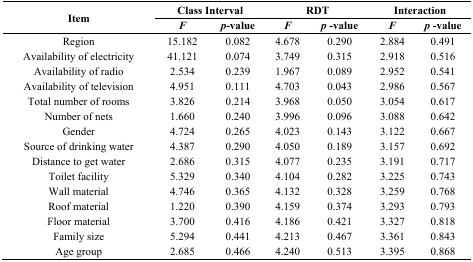
<table><thead><tr><td rowspan="2"><b>Item</b></td><td colspan="2"><b>Class Interval</b></td><td colspan="2"><b>RDT</b></td><td colspan="2"><b>Interaction</b></td></tr><tr><td><b><i>F</i></b></td><td><b><i>p</i>-value</b></td><td><b><i>F</i></b></td><td><b><i>p</i> -value</b></td><td><b><i>F</i></b></td><td><b><i>p</i> -value</b></td></tr></thead><tbody><tr><td>Region</td><td>15.182</td><td>0.082</td><td>4.678</td><td>0.290</td><td>2.884</td><td>0.491</td></tr><tr><td>Availability of electricity</td><td>41.121</td><td>0.074</td><td>3.749</td><td>0.315</td><td>2.918</td><td>0.516</td></tr><tr><td>Availability of radio</td><td>2.534</td><td>0.239</td><td>1.967</td><td>0.089</td><td>2.952</td><td>0.541</td></tr><tr><td>Availability of television</td><td>4.951</td><td>0.111</td><td>4.703</td><td>0.043</td><td>2.986</td><td>0.567</td></tr><tr><td>Total number of rooms</td><td>3.826</td><td>0.214</td><td>3.968</td><td>0.050</td><td>3.054</td><td>0.617</td></tr><tr><td>Number of nets</td><td>1.660</td><td>0.240</td><td>3.996</td><td>0.096</td><td>3.088</td><td>0.642</td></tr><tr><td>Gender</td><td>4.724</td><td>0.265</td><td>4.023</td><td>0.143</td><td>3.122</td><td>0.667</td></tr><tr><td>Source of drinking water</td><td>4.387</td><td>0.290</td><td>4.050</td><td>0.189</td><td>3.157</td><td>0.692</td></tr><tr><td>Distance to get water</td><td>2.686</td><td>0.315</td><td>4.077</td><td>0.235</td><td>3.191</td><td>0.717</td></tr><tr><td>Toilet facility</td><td>5.329</td><td>0.340</td><td>4.104</td><td>0.282</td><td>3.225</td><td>0.743</td></tr><tr><td>Wall material</td><td>4.746</td><td>0.365</td><td>4.132</td><td>0.328</td><td>3.259</td><td>0.768</td></tr><tr><td>Roof material</td><td>1.220</td><td>0.390</td><td>4.159</td><td>0.374</td><td>3.293</td><td>0.793</td></tr><tr><td>Floor material</td><td>3.700</td><td>0.416</td><td>4.186</td><td>0.421</td><td>3.327</td><td>0.818</td></tr><tr><td>Family size</td><td>5.294</td><td>0.441</td><td>4.213</td><td>0.467</td><td>3.361</td><td>0.843</td></tr><tr><td>Age group</td><td>2.685</td><td>0.466</td><td>4.240</td><td>0.513</td><td>3.395</td><td>0.868</td></tr></tbody></table>